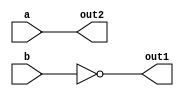
module rw1 (a, b, out1, out2);
    input a, b;
    output out1, out2;
    
    reg out1;
    wire out2;

    assign out2 = a;

    always @(b) begin
        out1 <= ~b;
    end 
    
endmodule